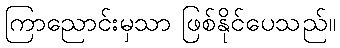
ကြာညောင်းမှသာ ဖြစ်နိုင်ပေသည်။